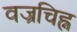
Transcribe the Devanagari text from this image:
वज्रचिह्न